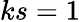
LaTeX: ks=1